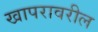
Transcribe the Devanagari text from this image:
खापरावरील